Scottish Leaving Certificate Examination, 1957
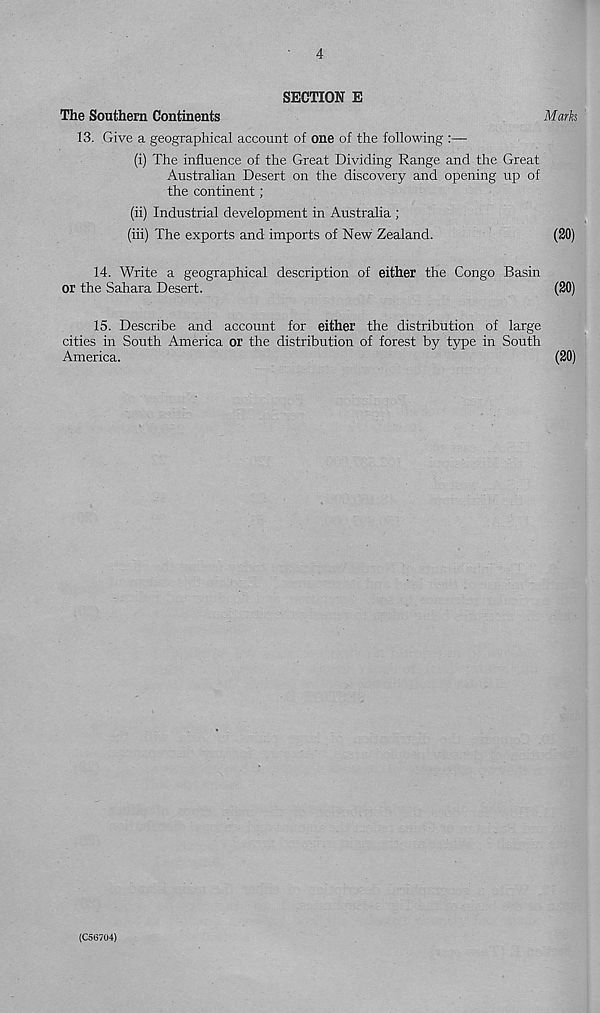
4
SECTION E
The Southern Continents
Marks
13. Give a geographical account of one of the following :—
(i) The influence of the Great Dividing Range and the Great
Australian Desert on the discovery and opening up of
the continent;
(ii) Industrial development in Australia ;
(iii) The exports and imports of New Zealand.
(SO)
14. Write a geographical description of either the Congo Basin
(20)
or the Sahara Desert.
15. Describe and account for either the distribution of large
cities in South America or the distribution of forest by type in South
America.
(20)
(C56704)